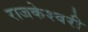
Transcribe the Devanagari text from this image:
राजकेश्‍वरी